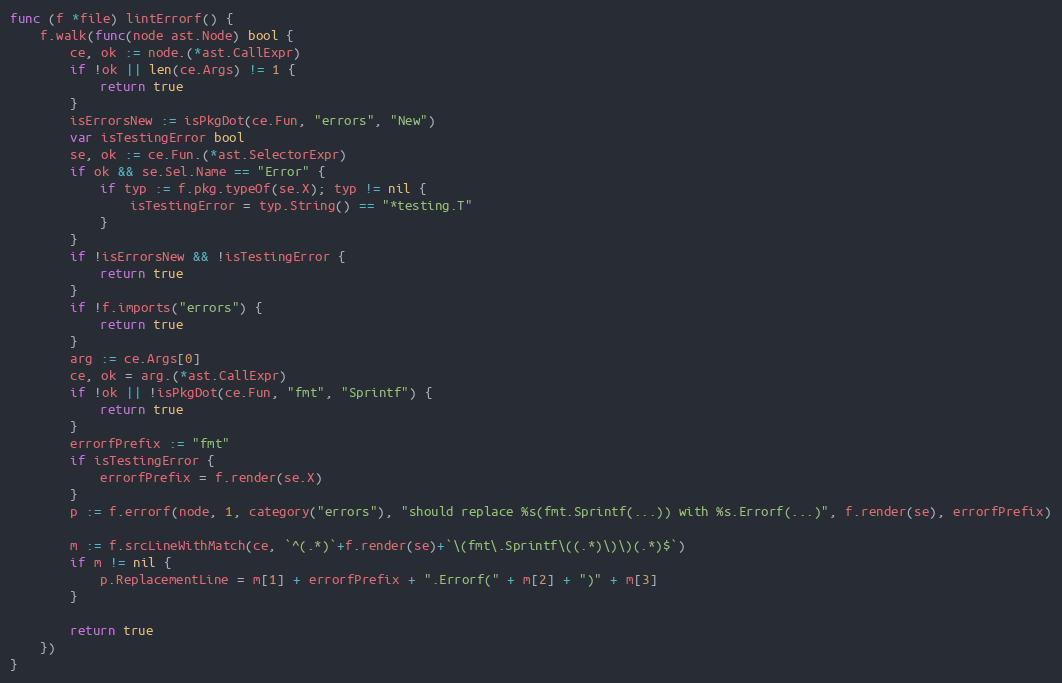
Language: Go
func (f *file) lintErrorf() {
	f.walk(func(node ast.Node) bool {
		ce, ok := node.(*ast.CallExpr)
		if !ok || len(ce.Args) != 1 {
			return true
		}
		isErrorsNew := isPkgDot(ce.Fun, "errors", "New")
		var isTestingError bool
		se, ok := ce.Fun.(*ast.SelectorExpr)
		if ok && se.Sel.Name == "Error" {
			if typ := f.pkg.typeOf(se.X); typ != nil {
				isTestingError = typ.String() == "*testing.T"
			}
		}
		if !isErrorsNew && !isTestingError {
			return true
		}
		if !f.imports("errors") {
			return true
		}
		arg := ce.Args[0]
		ce, ok = arg.(*ast.CallExpr)
		if !ok || !isPkgDot(ce.Fun, "fmt", "Sprintf") {
			return true
		}
		errorfPrefix := "fmt"
		if isTestingError {
			errorfPrefix = f.render(se.X)
		}
		p := f.errorf(node, 1, category("errors"), "should replace %s(fmt.Sprintf(...)) with %s.Errorf(...)", f.render(se), errorfPrefix)

		m := f.srcLineWithMatch(ce, `^(.*)`+f.render(se)+`\(fmt\.Sprintf\((.*)\)\)(.*)$`)
		if m != nil {
			p.ReplacementLine = m[1] + errorfPrefix + ".Errorf(" + m[2] + ")" + m[3]
		}

		return true
	})
}